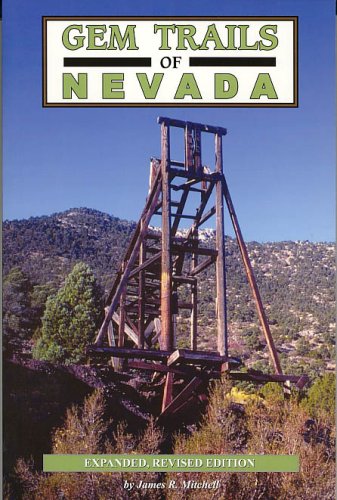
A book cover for Gem Trails of Nevada; James R. Mitchell; Science & Math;